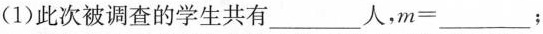
(1)此次被调查的学生共有___人，m=___；